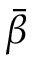
\bar { \beta }